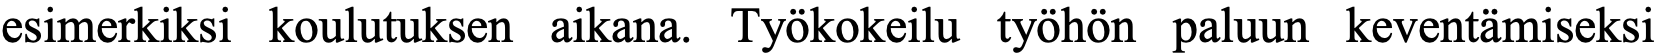
esimerkiksi koulutuksen aikana. Työkokeilu työhön paluun keventämiseksi